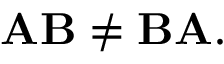
\mathbf { A B } \neq \mathbf { B A } .